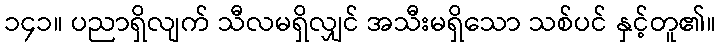
၁၄၁။ ပညာရှိလျက် သီလမရှိလျှင် အသီးမရှိသော သစ်ပင် နှင့်တူ၏။